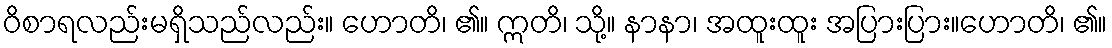
ဝိစာရလည်းမရှိသည်လည်း။ ဟောတိ၊ ၏။ ဣတိ၊ သို့။ နာနာ၊ အထူးထူး အပြားပြား။ဟောတိ၊ ၏။